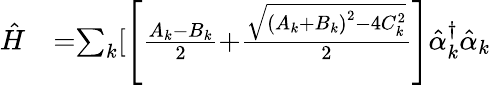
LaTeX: \begin{array}{ll}{\hat{H}}&{{=}{\mathit{\sum}}_{k}[\left[\frac{A_{k}{-}B_{k}}{{2}}{+}\frac{\sqrt{\left(A_{k}{+}B_{k}\right)^{2}{-}{4}C_{k}^{{2}}}}{{2}}\right]\hat{\alpha}_{k}^{{\dagger}}\hat{\alpha}_{k}}\end{array}